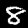
Label: 8